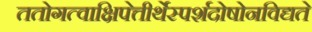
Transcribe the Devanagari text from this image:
ततोगत्वाक्षिपेत्तीर्थेस्पर्शदोषोनविद्यते